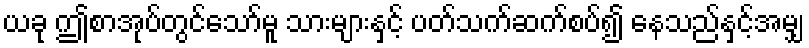
ယခု ဤစာအုပ်တွင်သော်မူ သားများနှင့် ပတ်သက်ဆက်စပ်၍ နေသည်နှင့်အမျှ